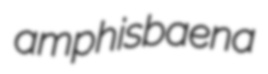
amphisbaena